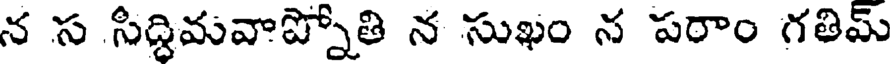
న స సిద్ధిమవాప్నోతి న సుఖం న పరాం గతిమ్